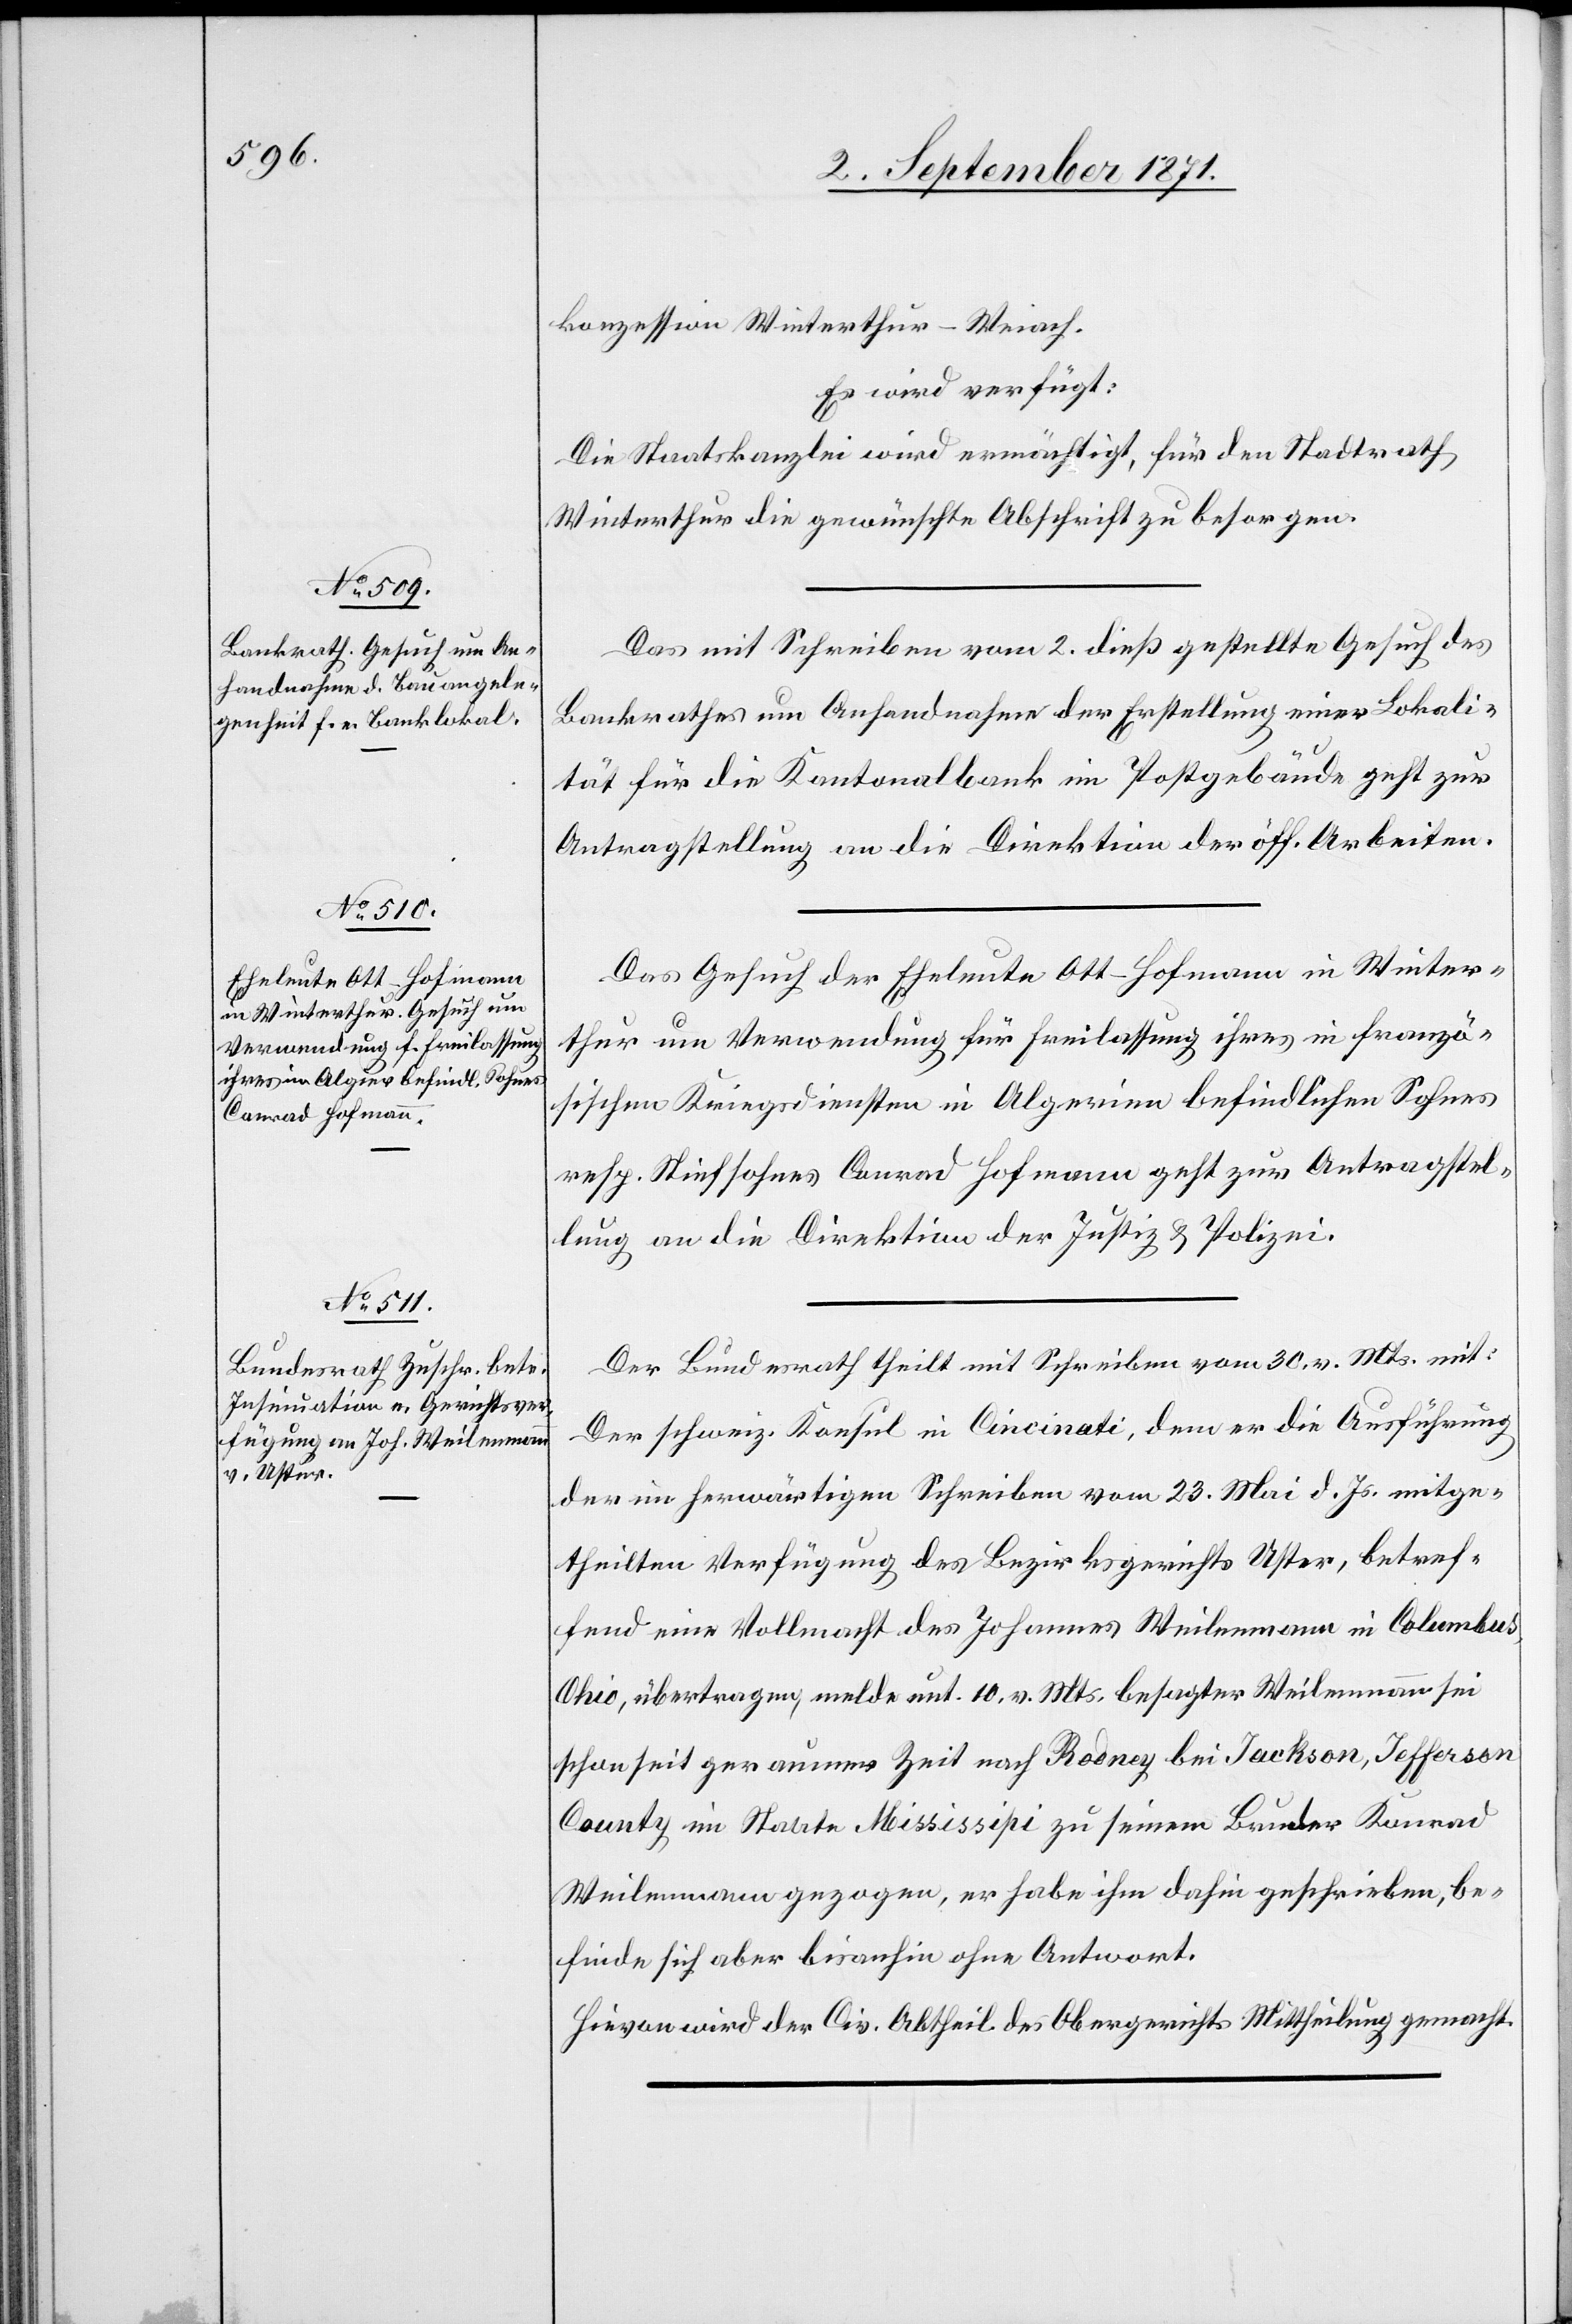
4. September 1871.]
konzession Winterthur–Weiach.
Es wird verfügt:
Die Staatskanzlei wird ermächtigt, für den Stadtrath
Winterthur die gewünschte Abschrift zu besorgen.
Das mit Schreiben vom 2. dieß gestellte Gesuch des
Bankrathes um Anhandnahme der Erstellung einer Lokali¬
tät für die Kantonalbank im Postgebäude geht zur
Antragstellung an die Direktion der öff. Arbeiten.
Das Gesuch der Eheleute Ott-Hofmann in Winter¬
thur um Verwendung für Freilassung ihres in franzö¬
sischen Kriegsdiensten in Algerien befindlichen Sohnes
resp. Stiefsohnes Conrad Hofman geht zur Antragstel¬
lung an die Direktion der Justiz & Polizei.
Der Bundesrath theilt mit Schreiben vom 30. v. Mts. mit:
Der schweiz. Konsul in Cincinati, dem er die Ausführung
der im herwärtigen Schreiben vom 23. Mai d. Js. mitge¬
theilten Verfügung des Bezirksgericht Olten, betref¬
fend einer Vollmacht des Johannes Weilemann in Columbus,
Ohio, übertragen, melde unt. 10. v. Mts. besagter Weilemann sei
schon seit geraumer Zeit nach Rodney bei Jackson, Jefferson
County im Staate Mississipi zu seinem Brunder Konrad
Weilemann gegangen, er habe ihm dahin geschrieben, be¬
finde sich aber bisanhin ohne Antwort.
Hirvon wird der Civ. Abtheilung des Obergerichts Mittheilung gemacht.